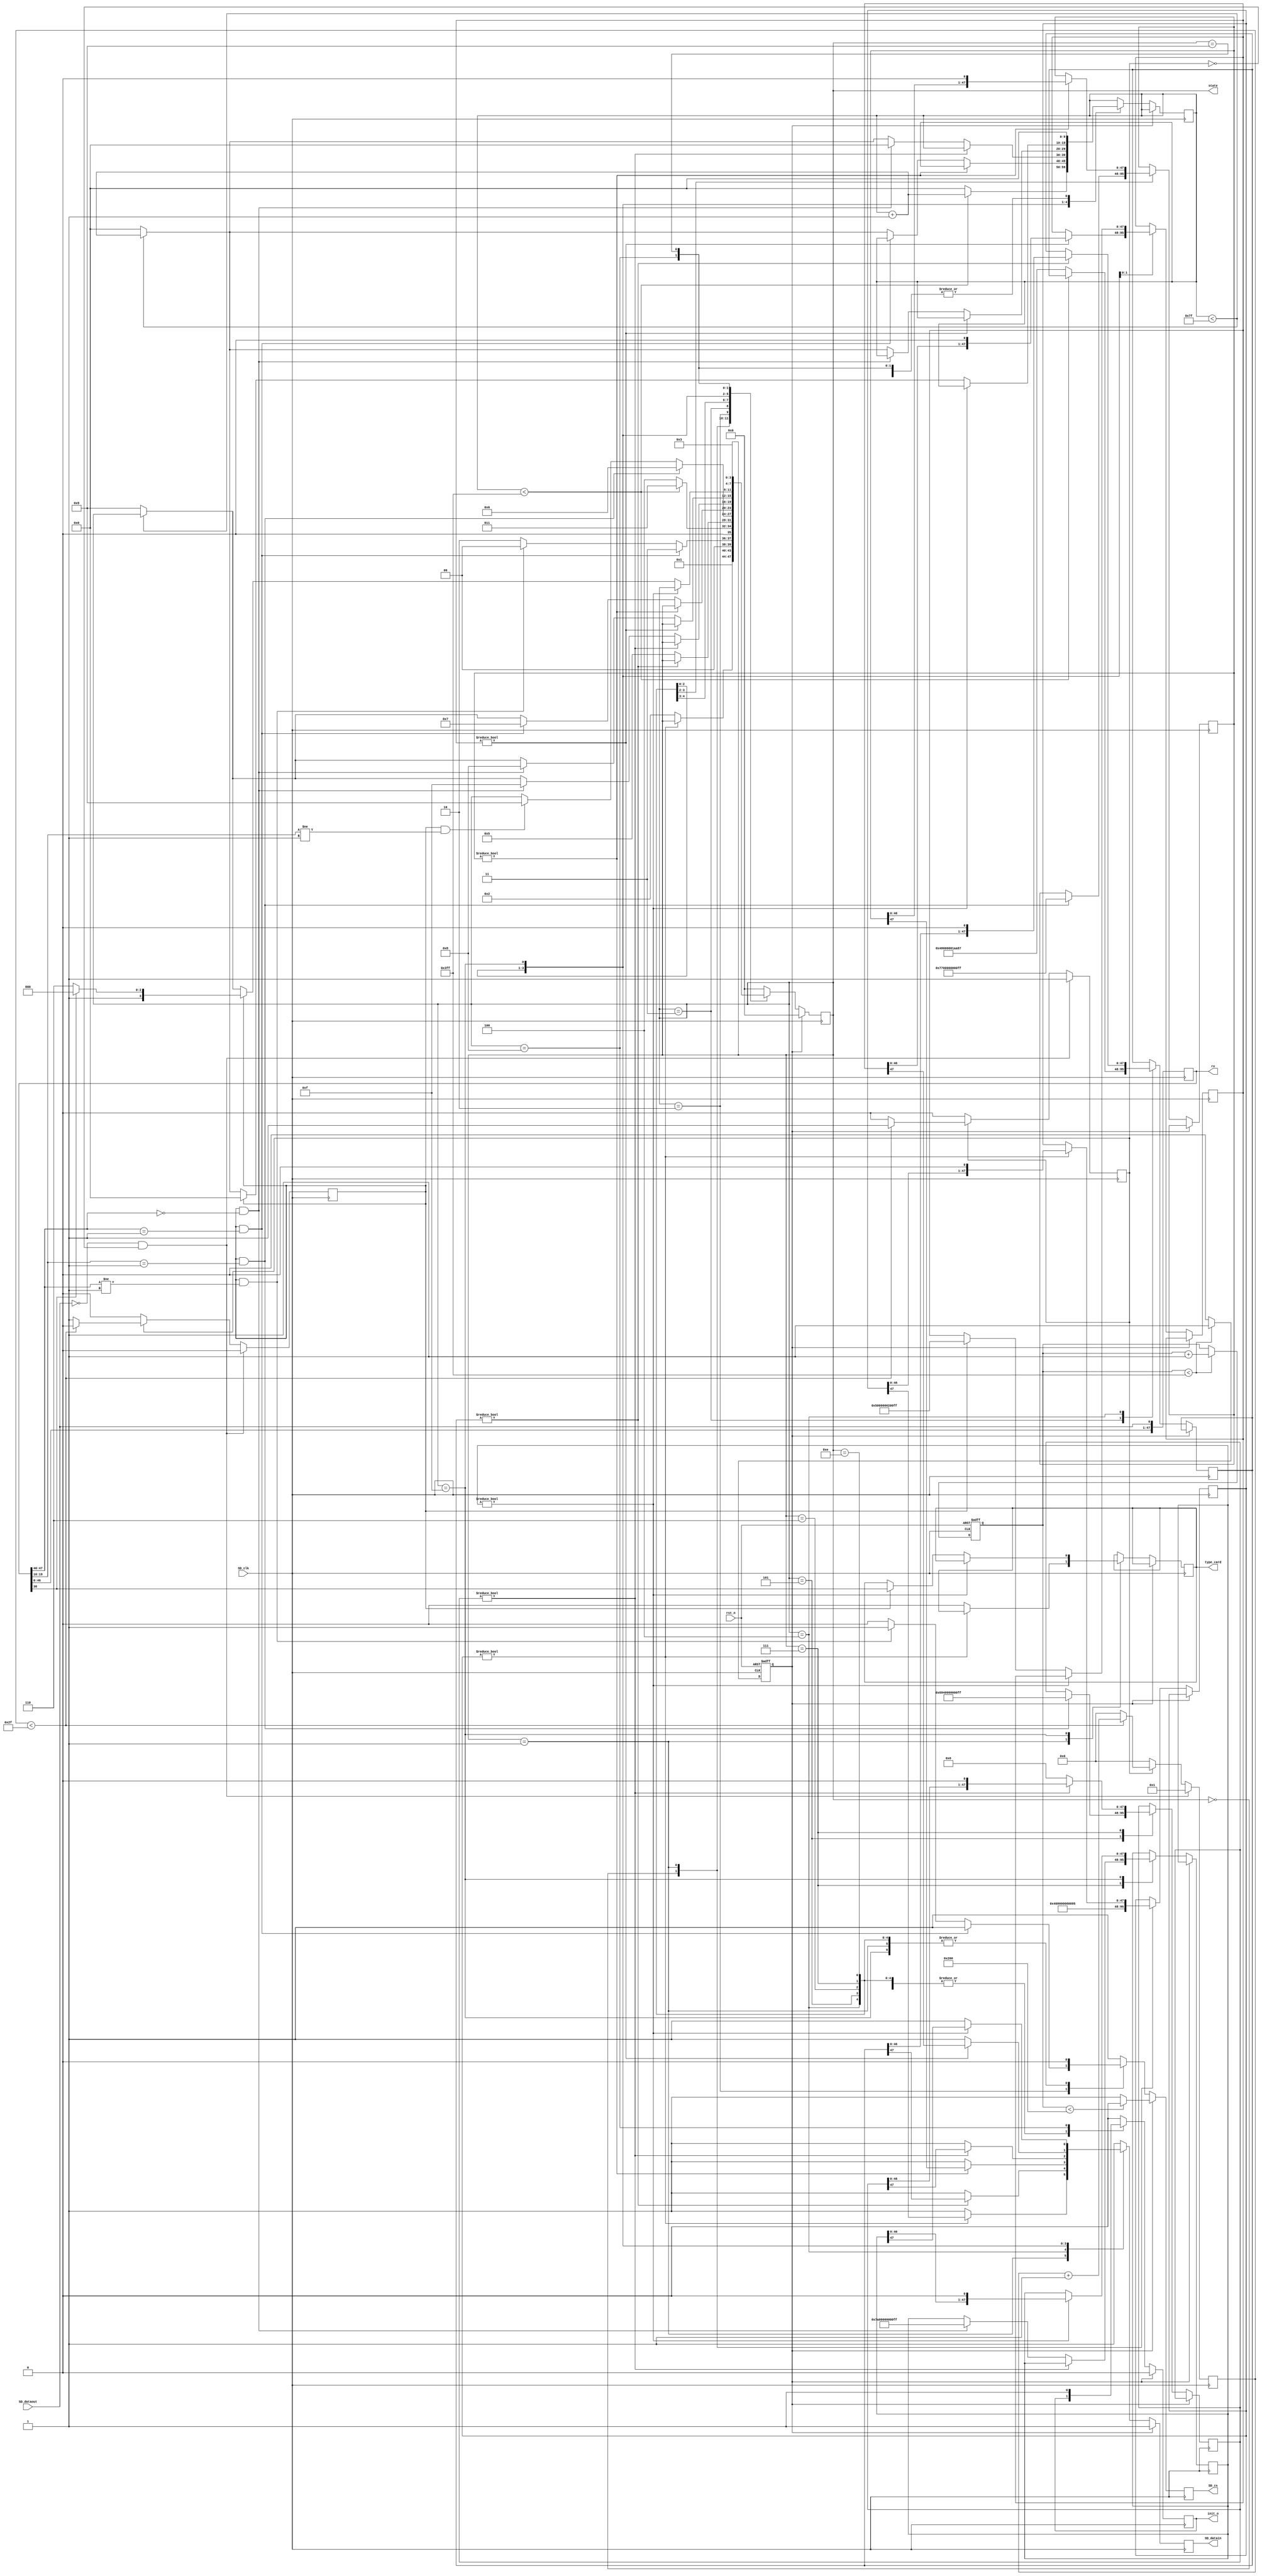
`timescale 1ns / 1ps
//////////////////////////////////////////////////////////////////////////////////
// Module Name:    sd_initial 
//////////////////////////////////////////////////////////////////////////////////
module sd_initial(
						
						input rst_n,
						
						input SD_clk,
						output reg SD_cs,
						output reg SD_datain,
						input  SD_dataout,
						
						output reg [47:0]rx,
						output reg init_o,
						output reg [3:0] state,
						output reg type_card

);


reg [47:0] CMD0={8'h40,8'h00,8'h00,8'h00,8'h00,8'h95};  //CMD0, CRC 95
reg [47:0] CMD8={8'h48,8'h00,8'h00,8'h01,8'haa,8'h87};  //CMD8, CRC 87 

reg [47:0] CMD55={8'h77,8'h00,8'h00,8'h00,8'h00,8'hff};  // CMD55, CRC  
reg [47:0] ACMD41={8'h69,8'h40,8'h00,8'h00,8'h00,8'hff}; //CMD41, CRC

reg [47:0] CMD16={8'h50,8'h00,8'h00,8'h02,8'h00,8'hff};  // CMD16, CRC  
reg [47:0] CMD58={8'h7A,8'h00,8'h00,8'h00,8'h00,8'hff};  // CMD58, CRC  

reg [9:0] counter=10'd0;
reg reset=1'b1;

parameter idle=4'b0000;             //idle
parameter send_cmd0=4'b0001;        //CMD0
parameter wait_01=4'b0010;          //CMD0
parameter waitb=4'b0011;            // -      
parameter send_cmd8=4'b0100;        // -  CMD8
parameter waita=4'b0101;            //   CMD8
parameter send_cmd55=4'b0110;       // -  CMD55
parameter send_acmd41=4'b0111;      // -  ACMD41
parameter init_done=4'b1000;        // -  
parameter init_fail=4'b1001;        // -  

parameter send_cmd16=4'b1110;       // -  CMD55
parameter send_cmd58=4'b1111;       // -  CMD55

reg [9:0] cnt;

reg [5:0]aa;
reg rx_valid;
reg en;

//SD
always @(posedge SD_clk)
begin
	rx[0]<=SD_dataout;
	rx[47:1]<=rx[46:0];
end

//SD
always @(posedge SD_clk)
begin
	if(!SD_dataout&&!en) begin //,  SD_dataout  , SD_dataout - ,    
	  rx_valid<=1'b0; 
	  aa<=1;
	  en<=1'b1;                //en ,   
	end   
   else if(en)	begin 
		if(aa<47) begin
			aa<=aa+1'b1;  
			rx_valid<=1'b0;
		end
		else begin
			aa<=0;
			en<=1'b0;
			rx_valid<=1'b1;     //  48-   rx_valid  
		end
	end
	else begin 
	   en<=1'b0;
		aa<=0;
		rx_valid<=1'b0;
	end
end

//    ,   
always @(negedge SD_clk or negedge rst_n)
begin
   if (!rst_n) begin
	    counter<=0;
		 reset<=1'b1;
	end
	else begin
	  if(counter<10'd1023) begin 
			counter<=counter+1'b1;
			reset<=1'b1;
	  end
	  else begin 	
	      reset<=1'b0;
	  end
	end  
end

//  SD-
always @(negedge SD_clk)
begin
	if(reset==1'b1) begin
	  if(counter<512)  begin
		  SD_cs<=1'b0;         //  CS   SD 
		  SD_datain<=1'b1;
		  init_o<=1'b0;
		  state<=idle;
	  end
	  else begin
		  SD_cs<=1'b1;         //  CS high level release SD 
		  SD_datain<=1'b1;
		  init_o<=1'b0;
		  state<=idle;
	  end
	end
	else begin
			case(state)
			   idle:	begin
					init_o<=1'b0;
					CMD0<={8'h40,8'h00,8'h00,8'h00,8'h00,8'h95};    
					SD_cs<=1'b1;
					SD_datain<=1'b1;
					state<=send_cmd0;
					cnt<=0;
				end
				send_cmd0: begin              //  CMD0  SD-
					if(CMD0!=48'd0) begin
						SD_cs<=1'b0;
						SD_datain<=CMD0[47];
						CMD0<={CMD0[46:0],1'b0};
					end
						else begin
							SD_cs<=1'b0;
							SD_datain<=1'b1;
							state<=wait_01;
							type_card<=0;
						end
				 end
				 wait_01:begin                        //SDCOMD00x01
						if(rx_valid&&rx[47:40]==8'h01) begin          
							SD_cs<=1'b1;
							SD_datain<=1'b1;
							state<=waitb;
						end
						else if(rx_valid&&rx[47:40]!=8'h01)	begin
							SD_cs<=1'b1;
							SD_datain<=1'b1;
							state<=idle;
						end
						else begin
							SD_cs<=1'b0;
							SD_datain<=1'b1;
							state<=wait_01;
						end
				  end
				  waitb: begin                //			
						if(cnt<10'd1023)	begin
							SD_cs<=1'b1;
							SD_datain<=1'b1;
							state<=waitb;
							cnt<=cnt+1'b1;
						end
						else begin
							SD_cs<=1'b1;
							SD_datain<=1'b1;
							CMD8<={8'h48,8'h00,8'h00,8'h01,8'haa,8'h87};           
							cnt<=0;
							state<=send_cmd8;
						end
					end
					send_cmd8: begin                     //CMD8SD	
						if(CMD8!=48'd0) begin
							SD_cs<=1'b0;
							SD_datain<=CMD8[47];
							CMD8<={CMD8[46:0],1'b0};
						end
						else begin
							SD_cs<=1'b0;
							SD_datain<=1'b1;
							state<=waita;
						end
					end
					waita: begin                        //  CMD8
						SD_cs<=1'b0;
					   SD_datain<=1'b1;
						if(rx_valid&&rx[19:16]==4'b0001) begin         //SD2.0 card support 2.7V-3.6V supply voltage										
						   state<=send_cmd55;
						   CMD55<={8'h77,8'h00,8'h00,8'h00,8'h00,8'hff};
							ACMD41<={8'h69,8'h40,8'h00,8'h00,8'h00,8'hff};
						end
						else if(rx_valid&&rx[19:16]!=4'b0001)	begin
							state<=init_fail;
						end
 				    end
					 send_cmd55:begin             //CMD55 				
						if(CMD55!=48'd0)begin
						   SD_cs<=1'b0;
							SD_datain<=CMD55[47];
							CMD55<={CMD55[46:0],1'b0};
						end
						else begin
						   SD_cs<=1'b0;
							SD_datain<=1'b1;
							if(rx_valid&&rx[47:40]==8'h01)      //,  CMD55    01
							   state<=send_acmd41;
							else begin
								if(cnt<10'd127)
								   cnt<=cnt+1'b1;
								else begin
  								   cnt<=10'd0;
									state<=init_fail;
							   end
							end
						 end
					  end
					  send_acmd41: begin          //ACMD41
						  if(ACMD41!=48'd0) begin						
								SD_cs<=1'b0;
								SD_datain<=ACMD41[47];
								ACMD41<={ACMD41[46:0],1'b0};
							end
							else begin
								SD_cs<=1'b0;
								SD_datain<=1'b1;
								ACMD41<=48'd0;
								if(rx_valid&&rx[47:40]==8'h00)begin     //,  CMD55    00
									//state<=init_done;
									//state<=send_cmd16; ////  CMD58    
									//CMD16={8'h50,8'h00,8'h00,8'h02,8'h00,8'hff};
									state<=send_cmd58; ////  CMD58    
									CMD58<={8'h7A,8'h00,8'h00,8'h00,8'h00,8'hff};
									cnt<=10'd0;
								end else begin
									if(cnt<10'd127)
									   cnt<=cnt+1'b1;
									else begin
  									   cnt<=10'd0;
										state<=init_fail;
								   end
								end	
							end
						end
						send_cmd16:begin             //CMD16 				
						if(CMD16!=48'd0)begin
						   SD_cs<=1'b0;
							SD_datain<=CMD16[47];
							CMD16<={CMD16[46:0],1'b0};
						end
						else begin
						   SD_cs<=1'b0;
							SD_datain<=1'b1;
							if(rx_valid&&rx[47:40]==8'h00)begin      //,  CMD16 
							   state<=init_done;
							end else begin
								if(cnt<10'd127)
								   cnt<=cnt+1'b1;
								else begin
  								   cnt<=10'd0;
									state<=init_fail;
							   end
							end
						 end
					  end
					  send_cmd58:begin             //CMD58 				
						if(CMD58!=48'd0)begin
						   SD_cs<=1'b0;
							SD_datain<=CMD58[47];
							CMD58<={CMD58[46:0],1'b0};
						end
						else begin
						   SD_cs<=1'b0;
							SD_datain<=1'b1;
							if(rx_valid)begin      //,  CMD58 
								type_card<=rx[38];
								CMD16<={8'h50,8'h00,8'h00,8'h02,8'h00,8'hff};
							   state<=rx[38] ? init_done : send_cmd16;
								cnt<=10'd0;
							end else begin
								if(cnt<10'd127)
								   cnt<=cnt+1'b1;
								else begin
  								   cnt<=10'd0;
									state<=init_fail;
							   end
							end
						 end
					  end
					init_done:begin init_o<=1'b1;SD_cs<=1'b1;SD_datain<=1'b1;cnt<=0;end     //
					init_fail:begin init_o<=1'b0;SD_cs<=1'b1;SD_datain<=1'b1;cnt<=0;state<=waitb;end       //  ,   CMD8, CMD55  CMD41
					default: begin	state<=idle; SD_cs<=1'b1; SD_datain<=1'b1;init_o<=1'b0;end
			endcase
	 end
end
								
endmodule